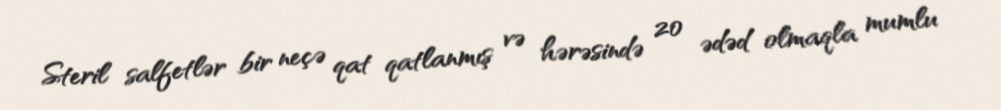
Steril salfetlər bir neçə qat qatlanmış və hərəsində 20 ədəd olmaqla mumlu